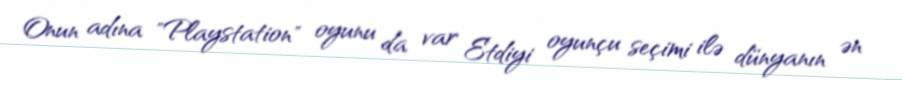
Onun adına "Playstation" oyunu da var Etdiyi oyunçu seçimi ilə dünyanın ən